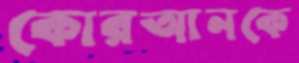
কোরআনকে